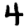
Digit: 4